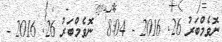
ނޮވެމްބަރު 26